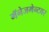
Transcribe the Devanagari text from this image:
मॅनेजमेन्टवर